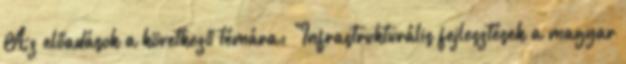
Az előadások a következő témára: "Infrastrukturális fejlesztések a magyar